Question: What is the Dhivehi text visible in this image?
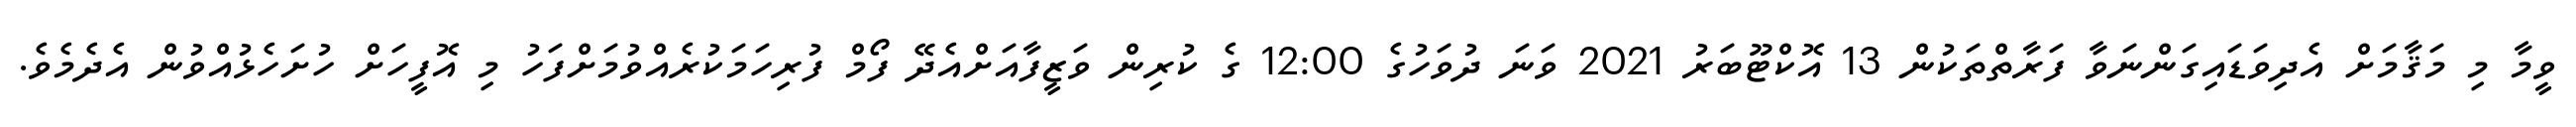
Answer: ވީމާ މި މަޤާމަށް އެދިވަޑައިގަންނަވާ ފަރާތްތަކުން 13 އޮކްޓޫބަރު 2021 ވަނަ ދުވަހުގެ 12:00 ގެ ކުރިން ވަޒީފާއަށްއެދޭ ފޯމް ފުރިހަމަކުރެއްވުމަށްފަހު މި އޮފީހަށް ހުށަހެޅުއްވުން އެދެމެވެ.